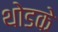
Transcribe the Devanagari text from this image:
थोडके